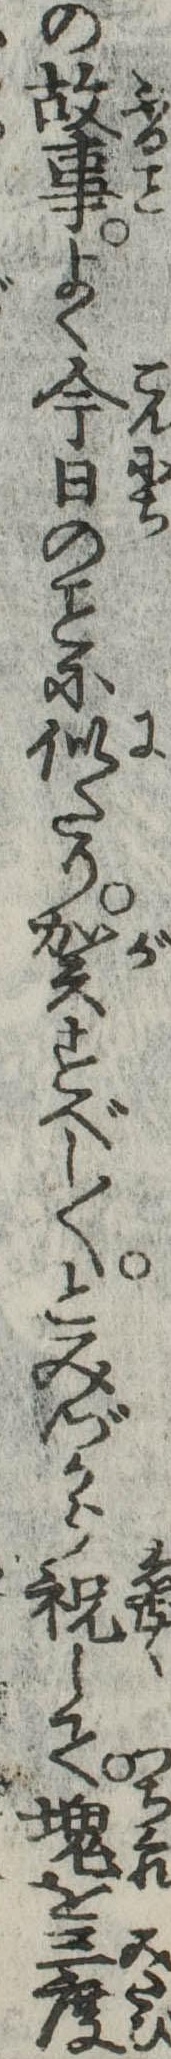
の故事よく今日のに似たり賀すべし〱とみづから祝して塊を三度